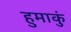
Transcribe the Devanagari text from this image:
हुमाकुं